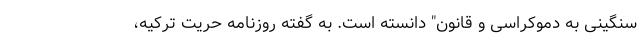
سنگینی به دموکراسی و قانون" دانسته است. به گفته روزنامه حریت ترکیه،